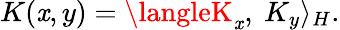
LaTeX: K(\mathit{x},y)=\langleK_{\mathit{x}},\ K_{y}\rangle_{H}.